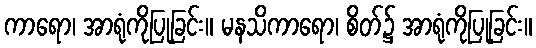
ကာရော၊ အာရုံကိုပြုခြင်း။ မနသိကာရော၊ စိတ်၌ အာရုံကိုပြုခြင်း။